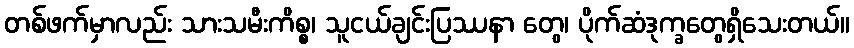
တစ်ဖက်မှာလည်း သားသမီးကိစ္စ၊ သူငယ်ချင်းပြဿနာ တွေ၊ ပိုက်ဆံဒုက္ခတွေရှိသေးတယ်။